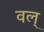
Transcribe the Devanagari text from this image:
वल्‌